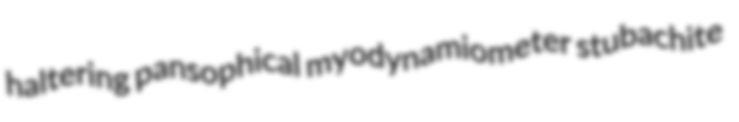
haltering pansophical myodynamiometer stubachite